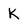
Character: K